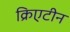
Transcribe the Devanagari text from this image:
क्रिएटीन